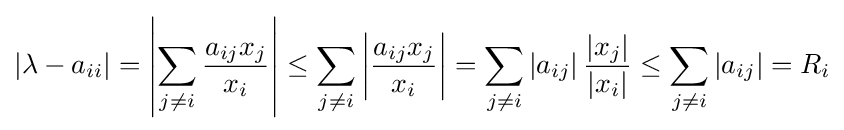
\left|\lambda -a_{ii}\right|=\left|\sum _{j\neq i}{\frac {a_{ij}x_{j}}{x_{i}}}\right|\leq \sum _{j\neq i}\left|{\frac {a_{ij}x_{j}}{x_{i}}}\right|=\sum _{j\neq i}\left|a_{ij}\right|{\frac {\left|x_{j}\right|}{\left|x_{i}\right|}}\leq \sum _{j\neq i}\left|a_{ij}\right|=R_{i}